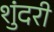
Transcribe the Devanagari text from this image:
शुंदरी